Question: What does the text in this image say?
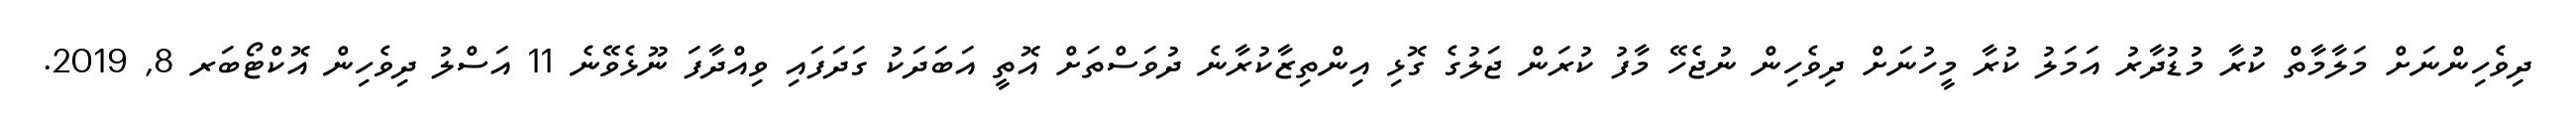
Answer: ދިވެހިންނަށް މަލާމާތް ކުރާ މުޑުދާރު އަމަލު ކުރާ މީހުނަށް ދިވެހިން ނުޖެހޭ މާފު ކުރަން ޖަލުގެ ގޮޅި އިންތިޒާކުރާނެ ދުވަސްތަށް އޮތީ އަބަދަކު ގަދަފައި ވިއްދާފަ ނޫޅެވޭނެ 11 އަސްލު ދިވެހިން އޮކްޓޯބަރ 8, 2019.